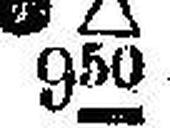
### ∆ 950